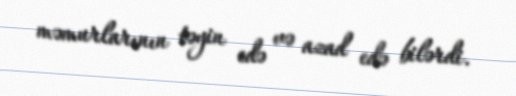
məmurlarının təyin edə və azad edə bilərdi.